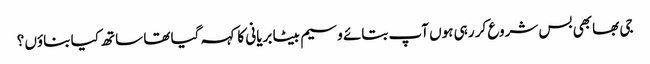
جی بھابھی بس شروع کر رہی ہوں آپ بتائے وسیم بیٹا بریانی کا کہہ گیا تھا ساتھ کیا بناؤں ؟